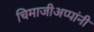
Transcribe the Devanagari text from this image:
चिमाजीअप्पांनी